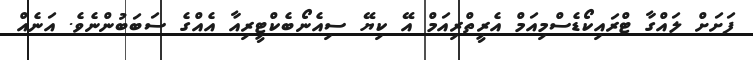
ފަށަށް ލައްގާ ޓްރައިކޯޑެސްމިއަމް އެރީތްރިއަމް އޭ ކިޔޭ ސިއެނޯބެކްޓީރިއާ އެއްގެ ސަބަބުންނެވެ. އަނެއް